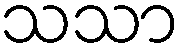
သသာ